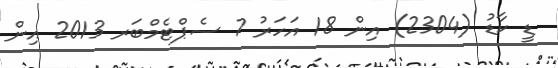
ޑީ ކާޑު (2304) އިން 18 އަހަރު 7 ސެޕްޓެމްބަރ 2013 އިން